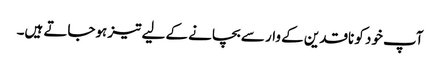
آپ خود کو ناقدین کے وار سے بچانے کے لیے تیز ہوجاتے ہیں۔